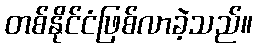
တစ်နိုင်ငံဖြစ်လာခဲ့သည်။